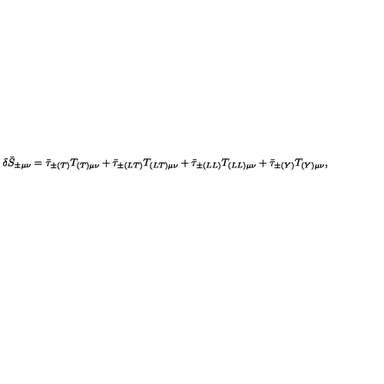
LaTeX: \delta \bar { S } _ { \pm \mu \nu } = \bar { \tau } _ { \pm ( T ) } T _ { ( T ) \mu \nu } + \bar { \tau } _ { \pm ( L T ) } T _ { ( L T ) \mu \nu } + \bar { \tau } _ { \pm ( L L ) } T _ { ( L L ) \mu \nu } + \bar { \tau } _ { \pm ( Y ) } T _ { ( Y ) \mu \nu } ,